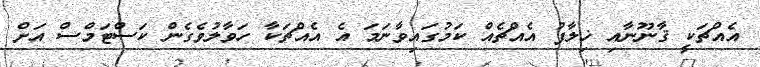
އެއްޗަކީ ޤާނޫނާއި ޚިލާފު އެއްޗެއް ކަމުގައިވާނަމަ އެ އެއްޗަކާ ހަވާލުވެގެން ކަސްޓަމްސް އަށް